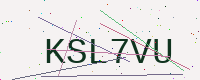
Text: KSL7VU